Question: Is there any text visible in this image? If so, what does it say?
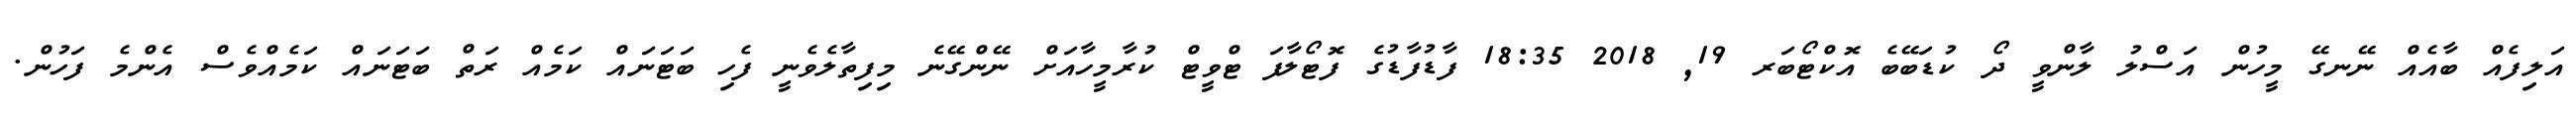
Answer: އަލިފެއް ބާއެއް ނޭނގޭ މީހުން އަސްލު ލާންވީ ދޯ ކުޑަބޭބެ އޮކްޓޯބަރ 19, 2018 18:35 ފާޑުފާޑުގެ ފޮޓޯލާފަ ޓްވީޓް ކުރާމީހާއަށް ނޭންގޭނެ މިފިތާލެވެނީ ފެހި ބަޓަނައް ކަމެއް ރަތް ބަޓަނައް ކަމެއްވެސް އެންމެ ފަހުން.